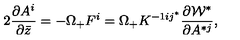
2 { \frac { \partial A ^ { i } } { \partial \bar { z } } } = - \Omega _ { + } F ^ { i } = \Omega _ { + } K ^ { - 1 i j ^ { * } } \frac { \partial { \cal W } ^ { * } } { \partial A ^ { * j } } ,